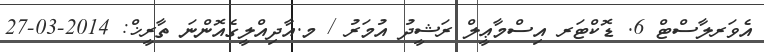
އެވަރލާސްޓް 6. ޑޮކްޓަރ އިސްމާޢީލް ރަޝީދު އުމަރު / މ.އާދިއްލީގެއޮންނަ ތާރީޚް: 2014-03-27